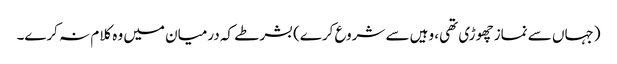
(جہاں سے نماز چھوڑی تھی، وہیں سے شروع کرے) بشرطے کہ درمیان میں وہ کلام نہ کرے۔